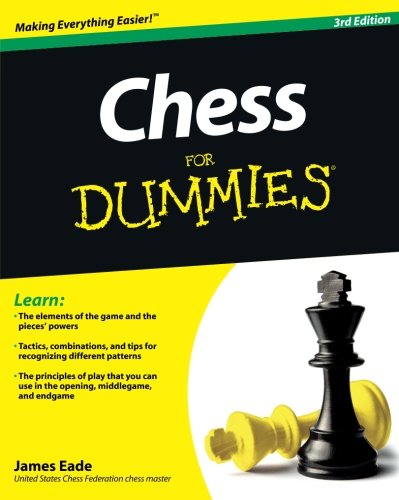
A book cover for Chess For Dummies; James Eade; Humor & Entertainment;